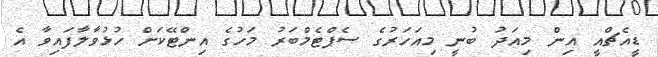
ޑީއެޗްއީ އިން މިއަދު ބުނީ މިއަހަރުގެ ސެޕްޓެމްބަރު މަހުގެ އިންޓޭކަށް ހުޅުވާލާފައިވާ އެ